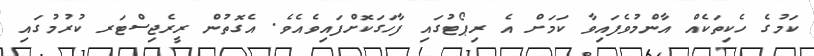
ކަމުގެ ހެކިތަކެއް އާންމުވެފައިވާ ކަމަށް އެ ރިޕޯޓުގައި ފާހަގަކޮށްފައިވެއެވެ. އެގޮތުން ރީރެޖިސްޓަރ ކުރުމުގައި